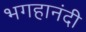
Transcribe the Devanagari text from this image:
भगहानंदी